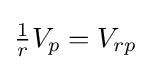
{\tfrac {1}{r}}V_{p}=V_{rp}